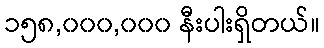
၁၅၈,၀၀၀,၀၀၀ နီးပါးရှိတယ်။